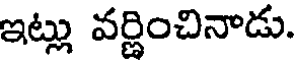
ఇట్లు వర్ణించినాడు.